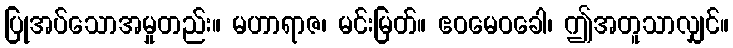
ပြုအပ်သောအမှုတည်း။ မဟာရာဇ၊ မင်းမြတ်။ ဧဝမေဝခေါ၊ ဤအတူသာလျှင်။